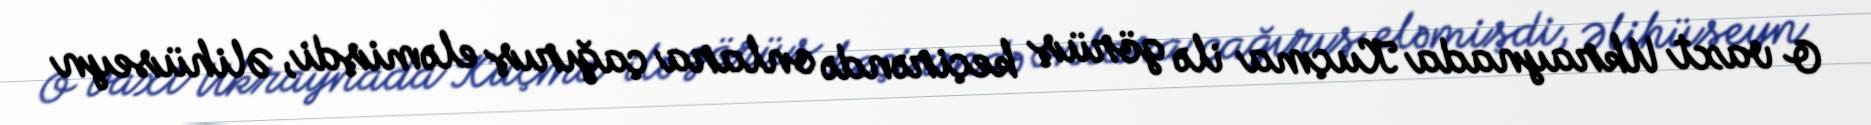
O vaxt Ukraynada Kuçma ilə görüş keçirəndə onlara çağırış eləmişdi, Əlihüseyn